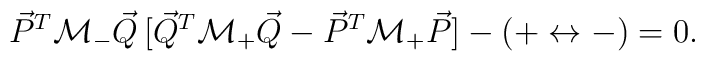
{\vec P}^T{\cal M}_{-}{\vec Q}\,[{\vec Q}^T{\cal M}_{+}{\vec Q} -{\vec P}^T{\cal M}_{+}{\vec P}] - (+ \leftrightarrow -) = 0.